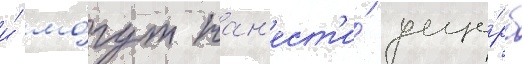
и́ мо́гут нан'ест'и́ уще́рб